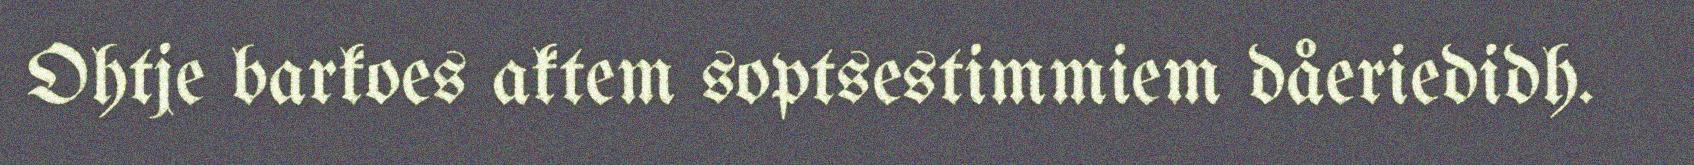
Ohtje barkoes aktem soptsestimmiem dåeriedidh.